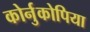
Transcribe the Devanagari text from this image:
कोर्नुकोपिया